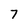
Character: 7